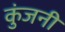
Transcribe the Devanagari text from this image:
कुंजनी